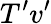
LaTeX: {T}^{\prime}{v}^{\prime}